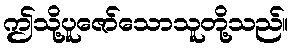
ဤသို့ပူဇော်သောသူတို့သည်။